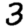
Digit: 3